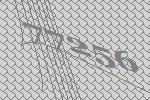
77256